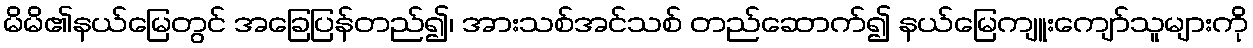
မိမိ၏နယ်မြေတွင် အခြေပြန်တည်၍၊ အားသစ်အင်သစ် တည်ဆောက်၍ နယ်မြေကျူးကျော်သူများကို